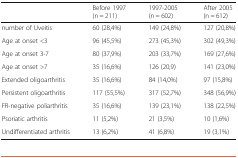
<table><thead><tr><td></td><td><b>Before 1997 (n = 211)</b></td><td><b>1997-2005 (n = 602)</b></td><td><b>After 2005 (n = 612)</b></td></tr></thead><tbody><tr><td>number of Uveitis</td><td>60 (28,4%)</td><td>149 (24,8%)</td><td>127 (20,8%)</td></tr><tr><td>Age at onset &lt;3</td><td>96 (45,5%)</td><td>273 (45,3%)</td><td>302 (49,3%)</td></tr><tr><td>Age at onset 3-7</td><td>80 (37,9%)</td><td>203 (33,7%)</td><td>169 (27,6%)</td></tr><tr><td>Age at onset &gt;7</td><td>35 (16,6%)</td><td>126 (20,9)</td><td>141 (23,0%)</td></tr><tr><td>Extended oligoarthritis</td><td>35 (16,6%)</td><td>84 (14,0%)</td><td>97 (15,8%)</td></tr><tr><td>Persistent oligoarthritis</td><td>117 (55,5%)</td><td>317 (52,7%)</td><td>348 (56,9%)</td></tr><tr><td>FR-negative poliarthritis</td><td>35 (16,6%)</td><td>139 (23,1%)</td><td>138 (22,5%)</td></tr><tr><td>Psoriatic arthritis</td><td>11 (5,2%)</td><td>21 (3,5%)</td><td>10 (1,6%)</td></tr><tr><td>Undifferentiated arthritis</td><td>13 (6,2%)</td><td>41 (6,8%)</td><td>19 (3,1%)</td></tr></tbody></table>